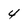
Character: 4